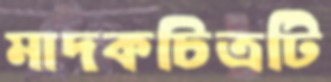
মাদকচিত্রটি